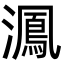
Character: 㵯